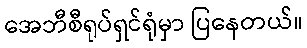
အေဘီစီရုပ်ရှင်ရုံမှာ ပြနေတယ်။